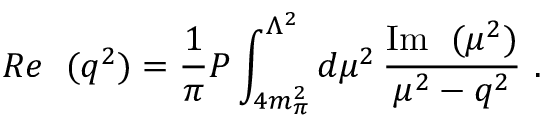
{ \cal R } e \ { \bf \Sigma } ( q ^ { 2 } ) = \frac { 1 } { \pi } { \cal P } \int _ { 4 m _ { \pi } ^ { 2 } } ^ { \Lambda ^ { 2 } } d \mu ^ { 2 } \, \frac { \mathrm { I m } \ { \bf \Sigma } ( \mu ^ { 2 } ) } { \mu ^ { 2 } - q ^ { 2 } } \ .